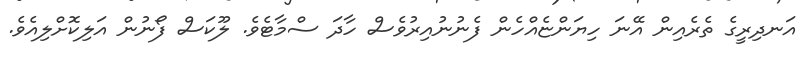
އަނދިރީގެ ތެރެއިން އޭނަ ހިޔަންޏެއްހެން ފެނުނުއިރުވެސް ހާދަ ސްމާޓެވެ. ލޫކަސް ފޯނުން އަލިކޮށްލިއެވެ.